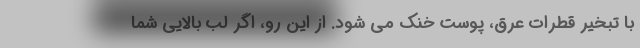
با تبخیر قطرات عرق، پوست خنک می شود. از این رو، اگر لب بالایی شما